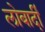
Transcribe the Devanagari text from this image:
लोबार्दी